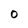
Character: 0